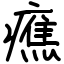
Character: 癄